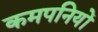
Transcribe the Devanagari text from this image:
कमपनियों